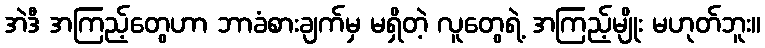
အဲဒီ အကြည့်တွေဟာ ဘာခံစားချက်မှ မရှိတဲ့ လူတွေရဲ့ အကြည့်မျိုး မဟုတ်ဘူး။